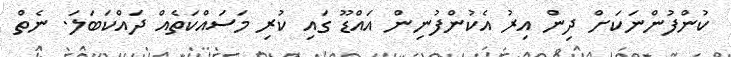
ކުންފުންނަކަށް ދިން އިރު އެކުންފުނިން އައްޑޫ ގައި ކުރި މަސައްކަތެއް ދައްކަބަލަ. ނެތް